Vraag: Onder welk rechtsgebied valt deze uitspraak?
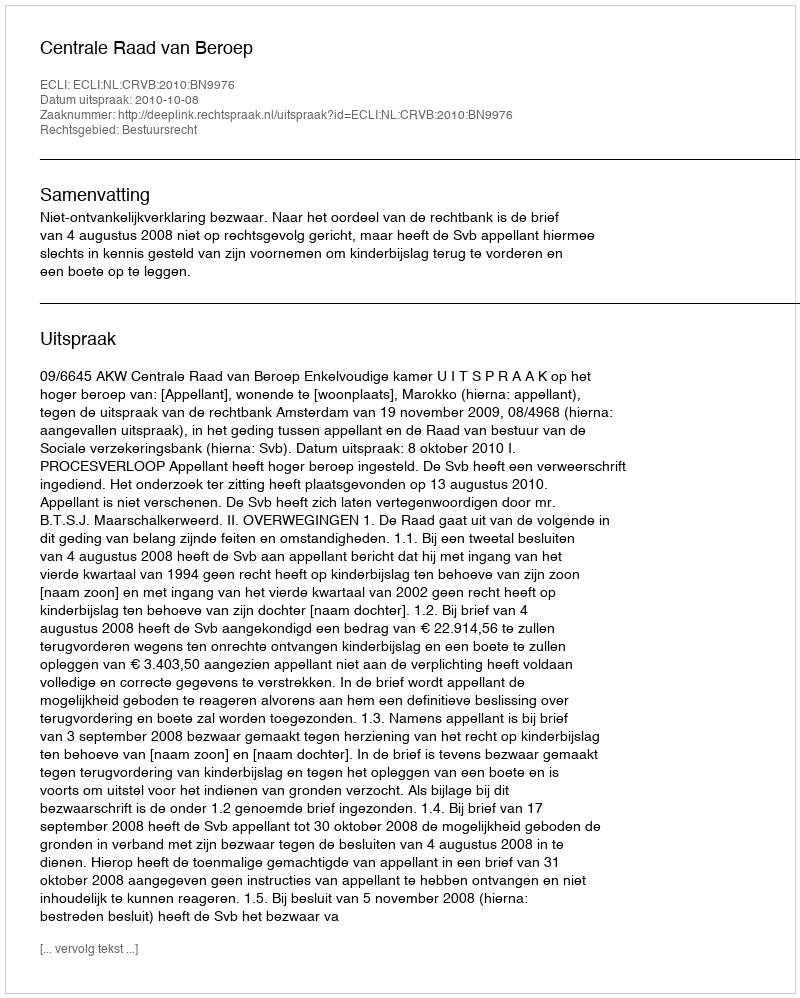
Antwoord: Bestuursrecht